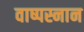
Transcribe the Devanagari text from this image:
वाष्पस्नान